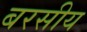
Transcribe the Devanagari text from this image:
बरसीय